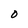
Character: O